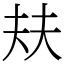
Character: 㚘